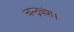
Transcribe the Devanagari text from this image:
चन्द्रवंश।